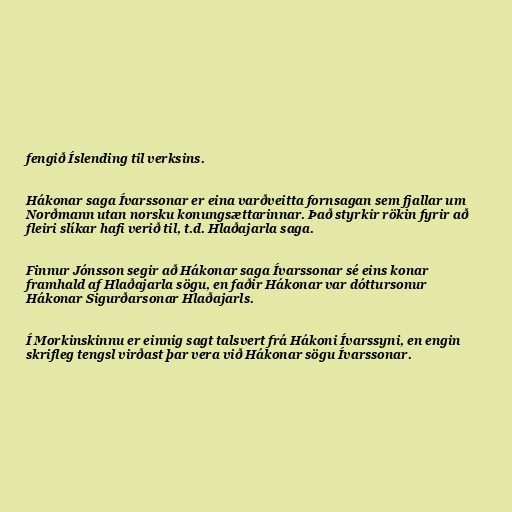
fengið Íslending til verksins.

Hákonar saga Ívarssonar er eina varðveitta fornsagan sem fjallar um
Norðmann utan norsku konungsættarinnar. Það styrkir rökin fyrir að
fleiri slíkar hafi verið til, t.d. Hlaðajarla saga.

Finnur Jónsson segir að Hákonar saga Ívarssonar sé eins konar
framhald af Hlaðajarla sögu, en faðir Hákonar var dóttursonur
Hákonar Sigurðarsonar Hlaðajarls.

Í Morkinskinnu er einnig sagt talsvert frá Hákoni Ívarssyni, en engin
skrifleg tengsl virðast þar vera við Hákonar sögu Ívarssonar.